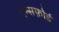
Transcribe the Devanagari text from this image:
गेन्सफ़ोर्ड